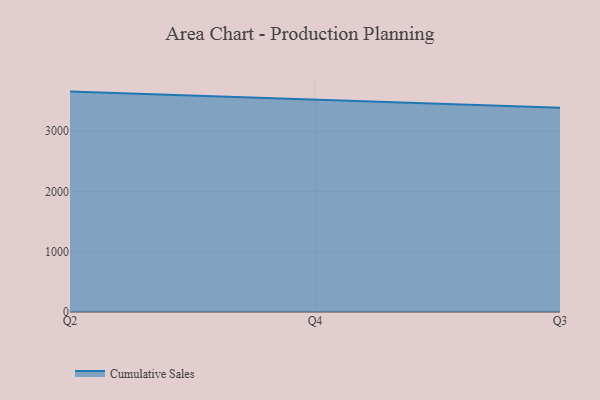
{"axis": {"x": "Quarter", "y": "Temperature (°C)"}, "legend": ["Cumulative Sales"], "data": [{"x": "Q2", "y": 3657.5, "type": "Cumulative Sales"}, {"x": "Q4", "y": 3519.3, "type": "Cumulative Sales"}, {"x": "Q3", "y": 3388.5, "type": "Cumulative Sales"}]}